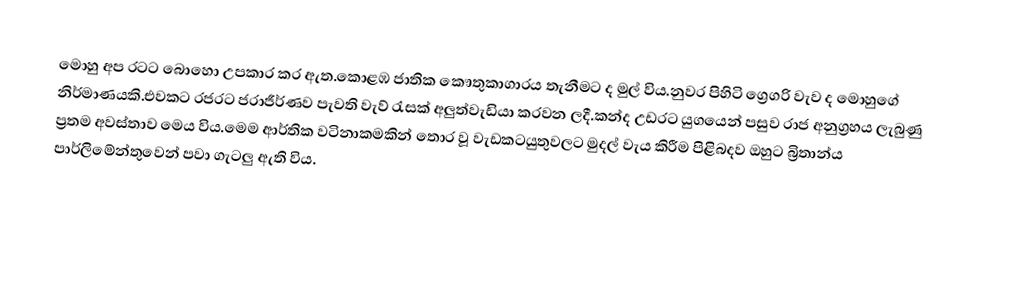
මොහු අප රටට බොහො උපකාර කර ඇත.කොළඹ ජාතික කෞතුකාගාරය තැනීමට ද මුල් විය.නුවර පිහිටි ග්‍රෙගරි වැව ද මොහුගේ නිර්මාණයකි.එවකට රජරට ජරාජීර්ණව පැවති වැව් රැසක් අලුත්වැඩියා කරවන ලදී.කන්ද උඩරට යුගයෙන් පසුව රාජ අනුග්‍රහය ලැබුණු ප්‍රතම අවස්තාව මෙය විය.මෙම ආර්තික වටිනාකමකින් තොර වූ වැඩකටයුතුවලට මුදල් වැය කිරීම පිළිබදව ඔහුට බ්‍රිතාන්ය පාර්ලිමේන්තුවෙන් පවා ගැටලු ඇති විය.